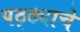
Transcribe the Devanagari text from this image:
पठ्ठ्याचे